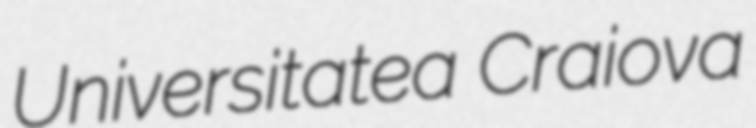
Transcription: Universitatea Craiova